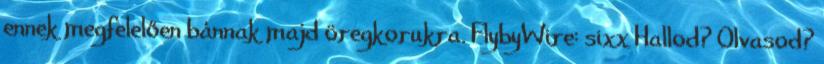
ennek megfelelően bánnak majd öregkorukra. FlybyWire: sixx Hallod? Olvasod?